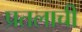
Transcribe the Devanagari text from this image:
प्रतलाची